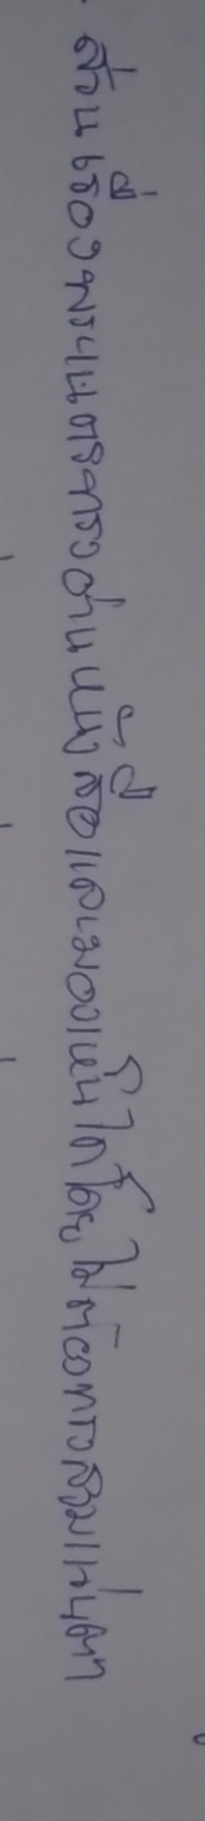
ส่วนเรื่องพระเนตรทรงอ่านหนังสือและมองเห็นได้โดยไม่ต้องทรงสวมแว่นตา